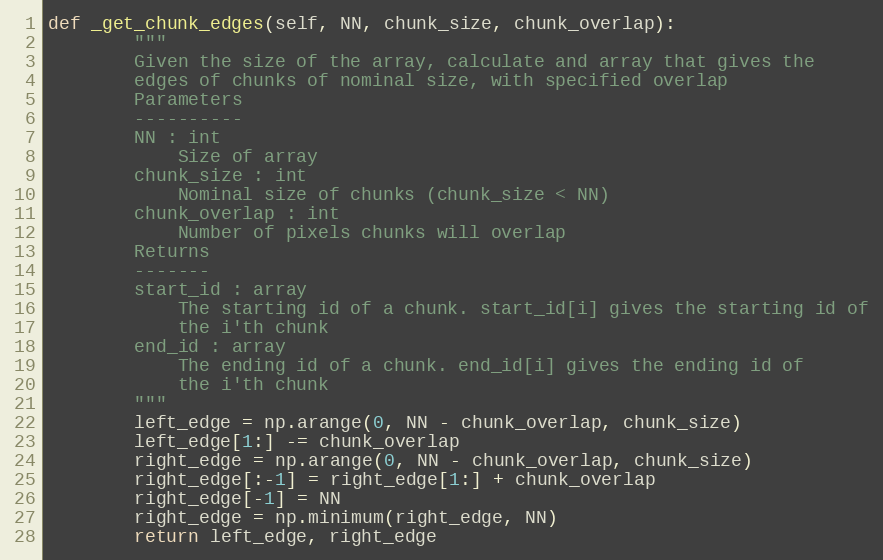
Language: Python
def _get_chunk_edges(self, NN, chunk_size, chunk_overlap):
        """
        Given the size of the array, calculate and array that gives the
        edges of chunks of nominal size, with specified overlap
        Parameters
        ----------
        NN : int
            Size of array
        chunk_size : int
            Nominal size of chunks (chunk_size < NN)
        chunk_overlap : int
            Number of pixels chunks will overlap
        Returns
        -------
        start_id : array
            The starting id of a chunk. start_id[i] gives the starting id of
            the i'th chunk
        end_id : array
            The ending id of a chunk. end_id[i] gives the ending id of
            the i'th chunk
        """
        left_edge = np.arange(0, NN - chunk_overlap, chunk_size)
        left_edge[1:] -= chunk_overlap
        right_edge = np.arange(0, NN - chunk_overlap, chunk_size)
        right_edge[:-1] = right_edge[1:] + chunk_overlap
        right_edge[-1] = NN
        right_edge = np.minimum(right_edge, NN)
        return left_edge, right_edge